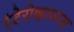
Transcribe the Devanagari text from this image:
एंटेरोव्हायरस